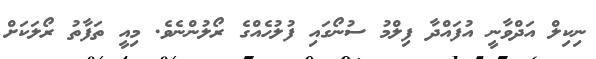
ނިކިލް އަދްވާނީ އުފައްދާ ފިލްމު ސުނޯގައި ފުލުހެއްގެ ރޯލުންނެވެ. މިއީ ތަފާތު ރޯލަކަށް